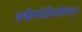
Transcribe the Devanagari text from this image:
ब्रवीम्योमित्येतत्।।